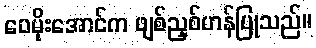
ဝေမိုးအောင်က ဖျစ်ညှစ်ဟန်ပြုသည်။